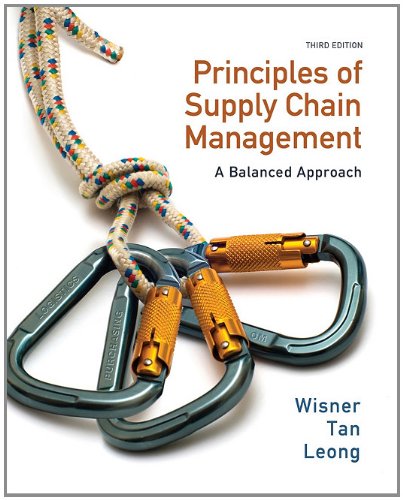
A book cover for Principles of Supply Chain Management: A Balanced Approach (with Premium Web Site Printed Access Card); Joel D. Wisner; Business & Money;